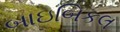
બાઇબિકલ